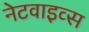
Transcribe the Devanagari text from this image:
नेटवाइव्स